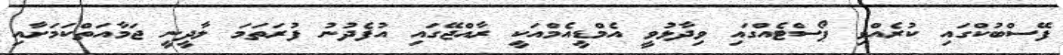
ފޭސްބުކްގައި ކުރެއްވި ޕޯސްޓެއްގައި ވިދާޅުވީ އެމްޑީއެމްއަކީ ރާއްޖޭގައި އުފެދުނު ފުރަތަމަ ލާދީނީ ޖަމާއަތްކަމަށާއި